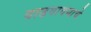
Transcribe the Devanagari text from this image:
वाढवावयाचे